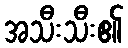
အသီးသီး၏